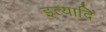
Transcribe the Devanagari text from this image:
इत्यादिं